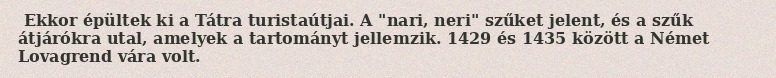
Ekkor épültek ki a Tátra turistaútjai. A "nari, neri" szűket jelent, és a szűk átjárókra utal, amelyek a tartományt jellemzik. 1429 és 1435 között a Német Lovagrend vára volt.